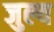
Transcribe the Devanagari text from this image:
जुल्य